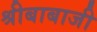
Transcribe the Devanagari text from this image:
श्रीबाबाजी